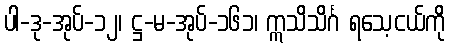
ပါ-ဒု-အုပ်-၁၂၊ ဋ္ဌ-မ-အုပ်-၁၆၁၊ ဣသိသိင်္ဂ ရသေ့ငယ်ကို